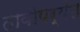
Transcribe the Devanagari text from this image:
तावीपर्यंत